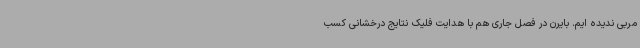
مربی ندیده ایم. بایرن در فصل جاری هم با هدایت فلیک نتایج درخشانی کسب